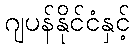
ဂျပန်နိုင်ငံနှင့်